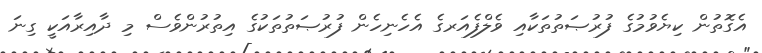
އެގޮތުން ކިޔެވުމުގެ ފުރުޞަތުތަކާއި ވެލްފެއަރގެ އެހެނިހެން ފުރުޞަތުތަކުގެ އިތުރުންވެސް މި ދާއިރާއަކީ ގިނަ